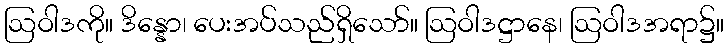
ဩဝါဒကို။ ဒိန္နော၊ ပေးအပ်သည်ရှိသော်။ ဩဝါဒဋ္ဌာနေ၊ ဩဝါဒအရာ၌။